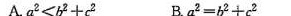
A.$$a ^ { 2 } < b ^ { 2 } + c ^{ 2 }$$ B.$$a ^ { 2 } = b ^ { 2 } + c ^ { 2 }$$